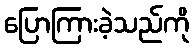
ပြောကြားခဲ့သည်ကို